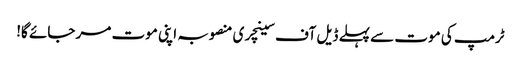
ٹرمپ کی موت سے پہلے ڈیل آف سینچری منصوبہ اپنی موت مر جائے گا!